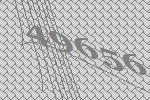
49656